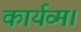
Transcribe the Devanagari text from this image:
कार्यव्म।